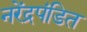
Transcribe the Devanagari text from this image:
नरेंद्रपंडित